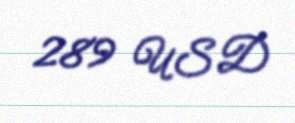
289 USD